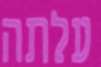
עלתה